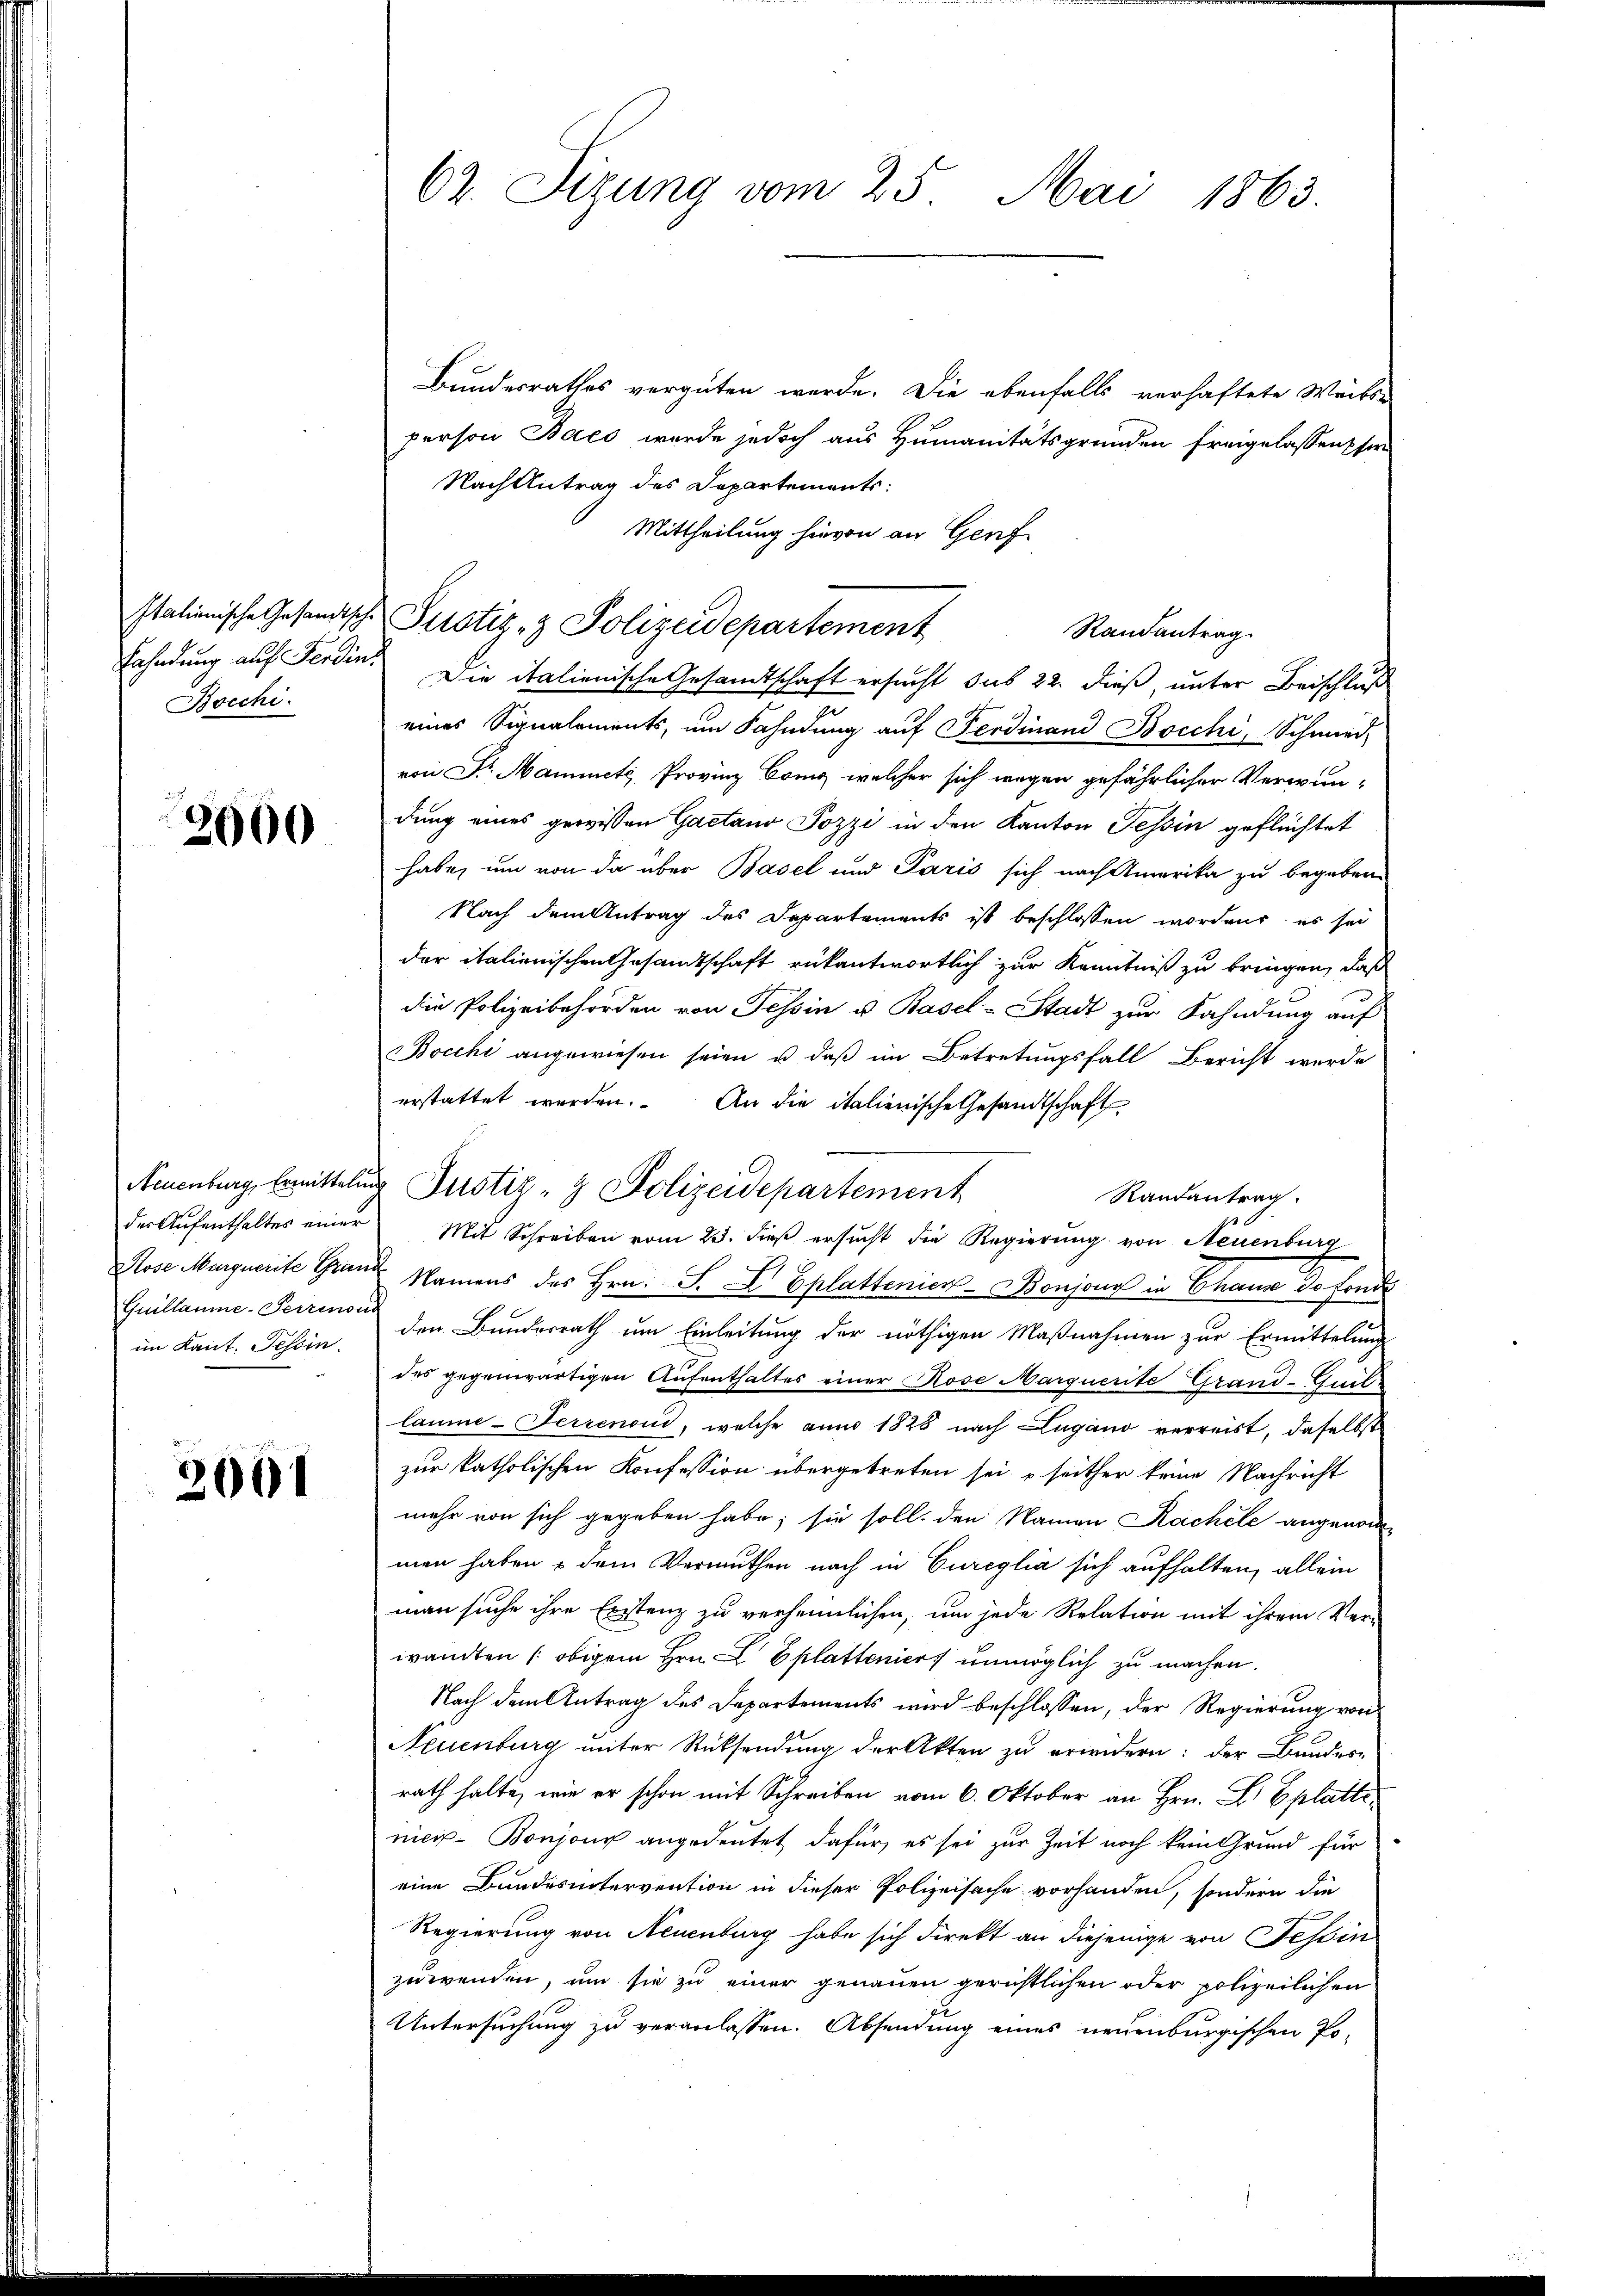
Bocchi.

2000

Quillaume-Perzinom
im Kant. Tessin.

2061

Bundesrathes vergüten werde. Die ebenfalls verhaftete Wäcks-
person Baco wurde jedoch aus Humanitätsgründen freigelassen sie
Nach Antrag des Departements:
Mittheilung hievon an Genf
Italienische Gesandtsche Justiz- & Polizeidepartement
Randantrag.
Fahndung auf Ferdin. Die italienische Gesandtschaft ersucht dus 22. dieß, unter Beischluß
eines Signalements, um Fahndung auf Ferdinand Bocchi, Schmied-
von Dr. Maimete Provinz Cong, welcher sich wegen gefährlicher Verwun-
dung eines gewissen Gaetano Jozzi in den Kanton Tessin geflüchtet
habe, um von da über Basel und Paris sich nach Amerika zu begeben.
Nach dem Antrag des Departements ist beschlossen worden, es sei
der italienischen Gesandtschaft rükantwortlich zur Kenntniß zu bringen, daß
die Polizeibehörden von Tessin u. Basel-Stadt zur Fahndung auf
Bocchi angewiesen seien u. daβ im Betretungsfall Bericht werde
erstattet werden. An die italienische Gesandtschaft
Neuenburg, Ermittelung Justiz- & Polizeidepartement
Randantrag
der Aŭfenthaltes einer Mit Schreiben vom 23. dieβ ersŭcht die Regierŭng von Neuenburg
Rose Marquerite Grau Namens des Hrn. S. L Eplattenier-Bonjons in Chause de fonde
den Bundesrath um Einleitung der nöthigen Maßnahmen zur Ermittelung
des gegenwärtigen Aufenthaltes einer Rose Marquerite Grand-Guillaume - Ferrenon, welche anno 1828 nach Lugano verreist, daselbst
zur katholischen Konfession übergetreten sei, seither keine Nachricht
mehr von sich gegeben habe; sie soll, den Namen Rachele angenom-
men haben & dem Vermuthen nach in Cureglia sich aufhalten, allein
man suche ihre Erstenz zu verheimlichen, um jede Relation mit ihrem Ver-
wandten ( obigem Hrn. L Eplatteniert unmöglich zu machen.
Nach dem Antrag des Departements wird beschlossen, der Regierung von
Neuenburg unter Rücksendung der Akten zu erwidern: der Bundesrath halte, wie er schon mit Schreiben vom 6. Oktober an Hrn. Dr Eplatte
nici-Bonjour angedeutet dafür, es sei zur Zeit noch kein Grund für
eine Bundesintervention in dieser Polizeisache vorhanden, sondern die
Regierung von Neuenburg habe sich direkt an diejenige von Tessin
zuwenden, um sie zu einer genauen gerichtlichen oder polizeilichen
Untersuchung zu veranlassen. Absendung eines neuenburgischen Po-

62. Sizung vom 25. Mai 1863.